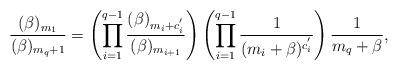
LaTeX: \begin{align*}\frac{(\beta)_{m_1}}{(\beta)_{m_q+1}}=\left(\prod_{i=1}^{q-1}\frac{(\beta)_{m_i+c^{'}_{i}}}{(\beta)_{m_{i+1}}}\right)\left(\prod_{i=1}^{q-1}\frac{1}{(m_i+\beta)^{c^{'}_{i}}}\right)\frac{1}{m_q+\beta},\end{align*}